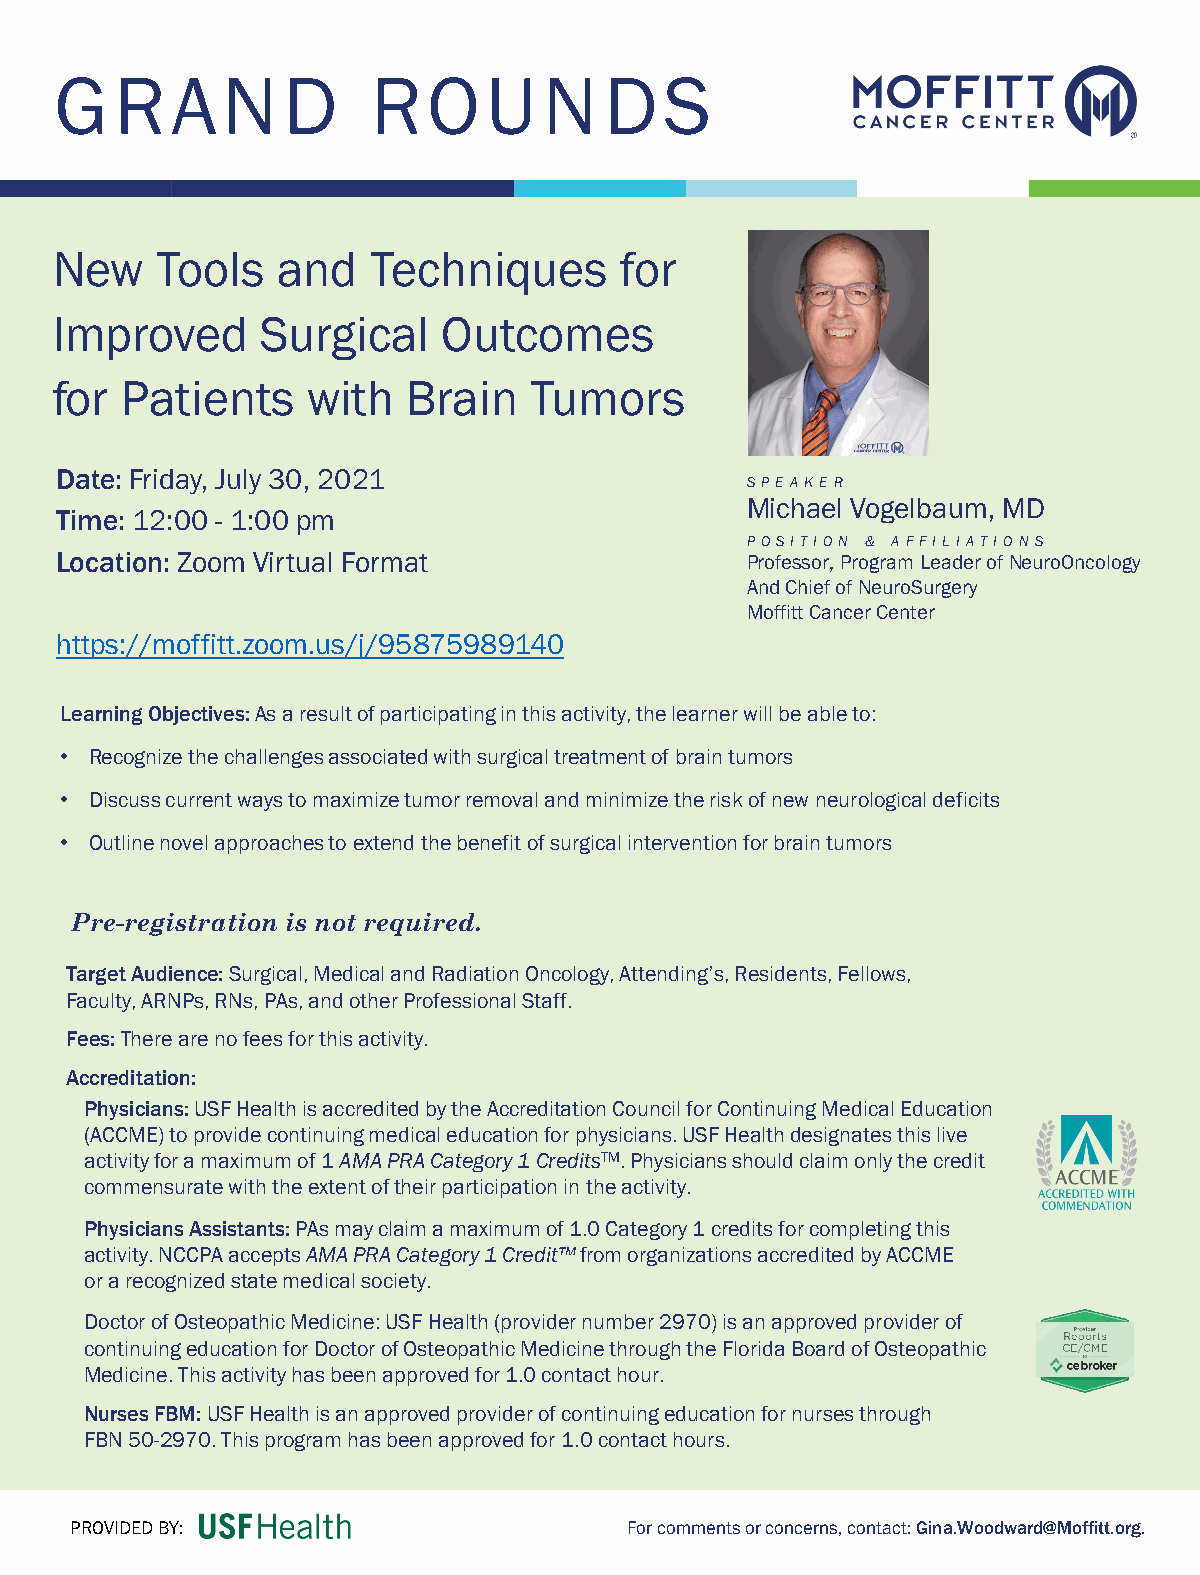
GRAN           D     ROU        N   DS
 New    Tools   and   Techniques       for
 Improved      Surgical    Outcomes
 for  Patients    with   Brain   Tumors
 Date: Friday, July 30, 2021
 SPEA KER
 Michael Vogelbaum, MD
 Time: 12:00 - 1:00 pm
 POSITION & A FFIL IA TION S
 Location: Zoom Virtual Format                Professor, Program Leader of NeuroOncology
 And Chief of NeuroSurgery
 Moffitt Cancer Center
 https://moffitt.zoom.us/j/95875989140
 Learning Objectives: As a result of participating in this activity, the learner will be able to:
 • Recognize the challenges associated with surgical treatment of brain tumors
 • Discusscurrent ways to maximize tumor removal and minimize the risk of new neurological deficits
 • Outline novel approaches to extend the benefit of surgical intervention for brain tumors
 Pre-registration is not required.
 Target Audience: Surgical, Medical and Radiation Oncology, Attending’s, Residents, Fellows,
 Faculty, ARNPs, RNs, PAs, and other Professional Staff.
 Fees: There are no fees for this activity.
 Accreditation:
 Physicians: USF Health is accredited by the Accreditation Council for Continuing Medical Education
 (ACCME) to provide continuing medical education for physicians. USF Health designates this live
 activity for a maximum of 1 AMA PRA Category 1 CreditsTM. Physicians should claim only the credit
 commensurate with the extent of their participation in the activity.
 Physicians Assistants: PAs may claim a maximum of 1.0 Category 1 credits for completing this
 activity. NCCPA accepts AMA PRA Category 1 Credit™from organizations accredited by ACCME
 or a recognized state medical society.
 Doctor of Osteopathic Medicine: USF Health (provider number 2970)is an approved provider of
 continuing education for Doctor of Osteopathic Medicine through the Florida Board of Osteopathic
 Medicine. This activity has been approved for 1.0 contact hour.
 Nurses FBM: USF Health is an approved provider of continuing education for nurses through
 FBN 50-2970. This program has been approved for 1.0 contact hours.
 PROVIDED BY:                         For comments or concerns, contact:Gina.Woodward@Moffitt.org.